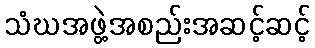
သံဃအဖွဲ့အစည်းအဆင့်ဆင့်